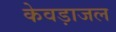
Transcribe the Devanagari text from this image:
केवड़ाजल